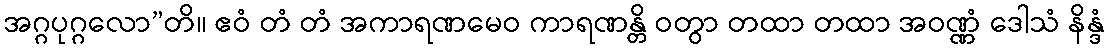
အဂ္ဂပုဂ္ဂလော”တိ။ ဧဝံ တံ တံ အကာရဏမေဝ ကာရဏန္တိ ဝတွာ တထာ တထာ အဝဏ္ဏံ ဒေါသံ နိန္ဒံ